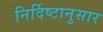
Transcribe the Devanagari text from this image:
निर्दिष्टानुसार